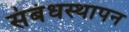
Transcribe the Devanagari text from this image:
संबंधस्थापन